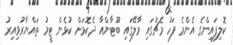
ކޮލިފައިންގެ އެންމެ ފަހު މެޗުގައި މާލޭގައި ބޫޓާންއާ ދެކޮޅަށް ކުޅެން ޓީމު ތައްޔާރުވިއިރު